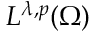
L ^ { \lambda , p } ( \Omega )